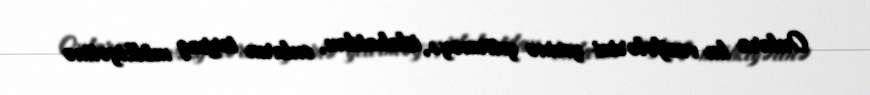
Onlara bu vəzifələrini yerinə yetirməyə, islahatdan, onların torpaq mülkiyətinə